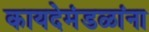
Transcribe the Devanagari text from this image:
कायदेमंडळांना